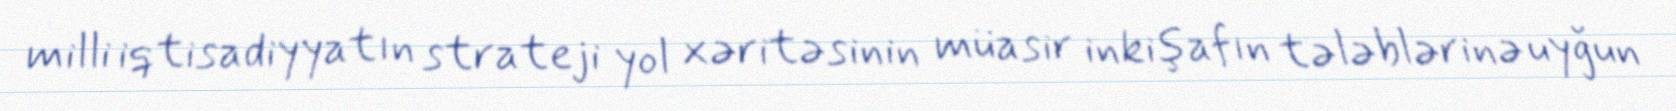
milli iqtisadiyyatın strateji yol xəritəsinin müasir inkişafın tələblərinə uyğun